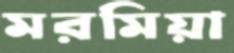
মরমিয়া